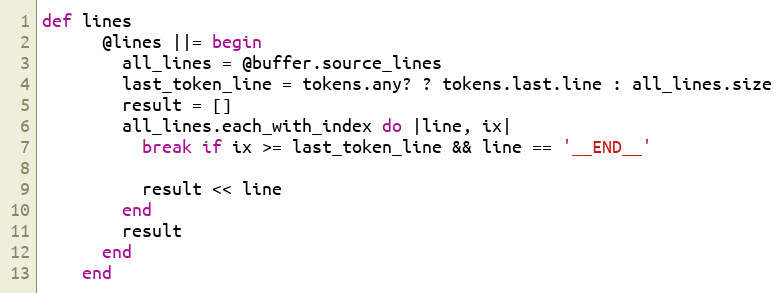
Language: Ruby
def lines
      @lines ||= begin
        all_lines = @buffer.source_lines
        last_token_line = tokens.any? ? tokens.last.line : all_lines.size
        result = []
        all_lines.each_with_index do |line, ix|
          break if ix >= last_token_line && line == '__END__'

          result << line
        end
        result
      end
    end